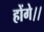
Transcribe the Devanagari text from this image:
होंगे।।